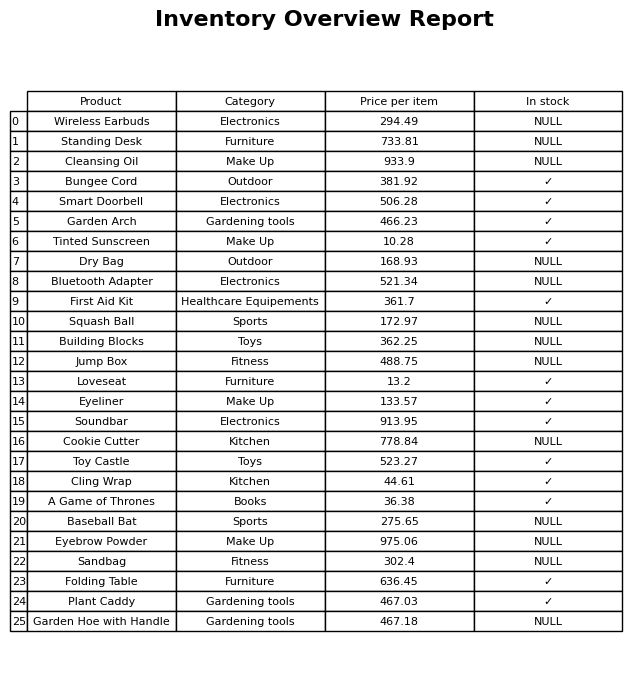
question: What is the price of the Cleansing Oil?
answer: The price of Cleansing Oil is 933.9.